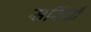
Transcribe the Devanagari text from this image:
सर्रियाँ